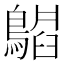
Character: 𬷪